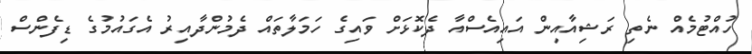
ހުއްޓުމެއް ނެތި ރަޝިއާއިން އައިއެސްއާ ދެކޮޅަށް ވައިގެ ހަމަލާތައް ދެމުންދާއިރު އެގައުމުގެ ޑިފެންސް